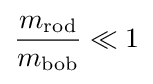
{\frac {m_{\mathrm {rod} }}{m_{\mathrm {bob} }}}\ll 1